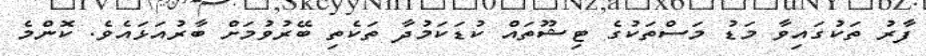
ފާރު ތަކުގައިވާ މަޑު މަސްތަކުގެ ޓިޝޫތައް ކުޑަކަމުދާ ތަކެތި ބޭރުވުމަށް ބާރުއަޅައެވެ. ކޮންމެ